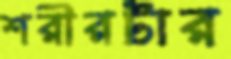
শরীরটার